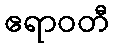
ဧရာဝတီ